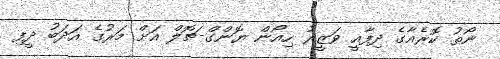
ނޯތު ކޮރެއާގެ ދިފާއީ ވަޒީރު ހިއޯން ޔޮންގް-ޗޮލް އަށް މަރުގެ އަދަބު ދީފި